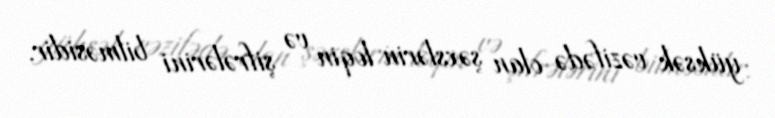
yüksək vəzifədə olan şəxslərin loqin və şifrələrini bilməsidir.